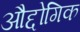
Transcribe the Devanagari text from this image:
औद्दोगिक